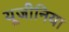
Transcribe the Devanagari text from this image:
यूजीनिया